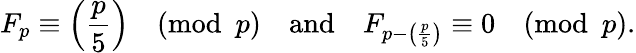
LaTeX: F_{p}\equiv\left({\frac{p}{5}}\right){\pmod{p}}\quad{\mathrm{and}}\quad F_{p-\left({\frac{p}{5}}\right)}\equiv 0{\pmod{p}}.